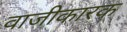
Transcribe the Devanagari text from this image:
वाजीकारक